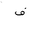
Letter: _fa